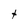
Character: t